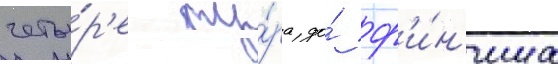
четы́р'е ту́ра до́ ф'и́н'иша